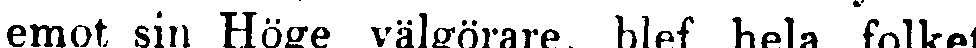
emot sin Höge välgörare, blef hela folket